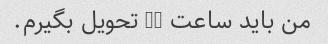
من باید ساعت 12 تحویل بگیرم.